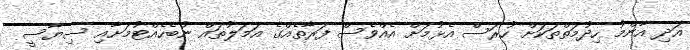
އަދި އާންމު ހިދުމަތްތަކަށް ހުރަސް އެޅުމަށް އެއްވެސް ފަރާތެއްގެ އަމަލުތައް ނުބެހެއްޓުމަށާއި ސިޔާސީ